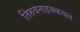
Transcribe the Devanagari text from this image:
तिरुवनाइक्कवल